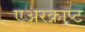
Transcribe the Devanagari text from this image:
एअरक्राप्ट